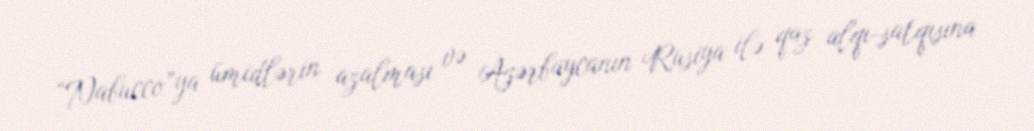
“Nabucco”ya ümidlərin azalması və Azərbaycanın Rusiya ilə qaz alqı-satqısına